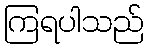
ကြရပါသည်